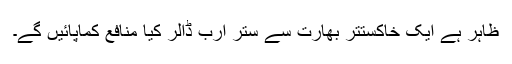
ظاہر ہے ایک خاکستتر بھارت سے ستر ارب ڈالر کیا منافع کماپائیں گے۔